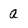
Character: a